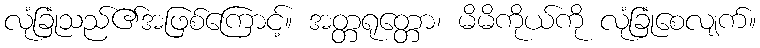
လုံခြုံသည်၏အဖြစ်ကြောင့်။ အတ္တရုတ္တော၊ မိမိကိုယ်ကို လုံခြုံစေလျက်။